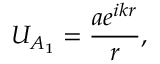
U _ { A _ { 1 } } = { \frac { a e ^ { i k r } } { r } } ,